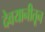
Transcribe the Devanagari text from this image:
देवयानीतून